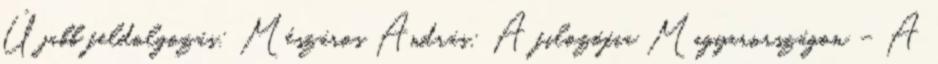
Újabb feldolgozás: Mészáros András: A filozófia Magyarországon – A